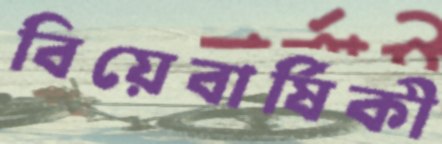
বিয়েবার্ষিকী